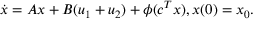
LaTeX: { \dot { x } } = A x + B ( u _ { 1 } + u _ { 2 } ) + \phi ( c ^ { T } x ) , x ( 0 ) = x _ { 0 } .